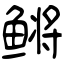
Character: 鳉